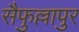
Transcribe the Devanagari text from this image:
सैफुल्लापुर